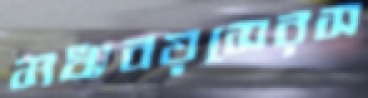
মধ্যবয়সেরস